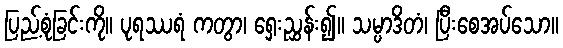
ပြည့်စုံခြင်းကို။ ပုရဿရံ ကတွာ၊ ရှေးညွှန်း၍။ သမ္ပာဒိတံ၊ ပြီးစေအပ်သော။